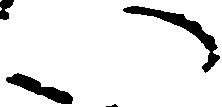
い